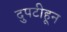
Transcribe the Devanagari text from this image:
दुपटीहून